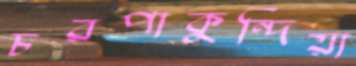
চরপাকুন্দিয়া